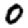
Digit: 0